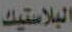
البلاستيك